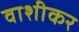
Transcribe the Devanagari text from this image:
वाशीकर